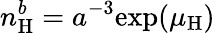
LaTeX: n_{\mathrm{H}}^{b}=a^{-3}\mathrm{exp}(\mu_{\mathrm{H}})